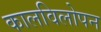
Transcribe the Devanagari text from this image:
कालविलोपन